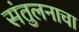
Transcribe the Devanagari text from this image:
संतुलनाचा